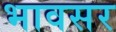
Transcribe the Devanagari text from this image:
भावसर